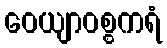
ဝေယျာဝစ္စကရံ